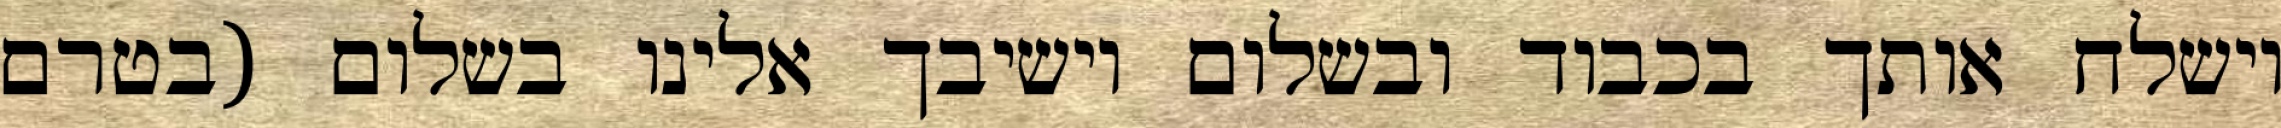
וישלח אותך בכבוד ובשלום וישיבך אלינו בשלום (בטרם